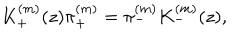
K _ { + } ^ { ( m ) } ( z ) \pi _ { + } ^ { ( m ) } = \pi _ { - } ^ { ( m ) } K _ { - } ^ { ( m ) } ( z ) ,